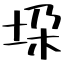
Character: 垜